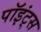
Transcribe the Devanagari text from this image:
पॉइंट्‌स